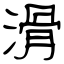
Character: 滑